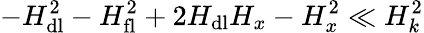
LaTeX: -H_{\mathrm{dl}}^{2}-H_{\mathrm{fl}}^{2}+2H_{\mathrm{dl}}H_{x}-H_{x}^{2}\ll H_{k}^{2}